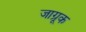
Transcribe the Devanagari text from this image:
जाग्रूक